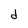
Character: d